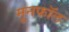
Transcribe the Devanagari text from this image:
मूनफॉल